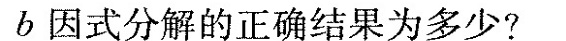
b$$因式分解的正确结果为多少?